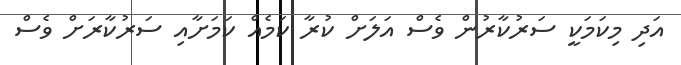
އަދި މިކަމަކީ ސަރުކާރުން ވެސް އަލަށް ކުރާ ކަމެއް ކަމަށާއި ސަރުކާރަށް ވެސް